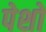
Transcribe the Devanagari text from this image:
पेशो